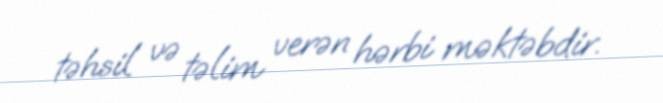
təhsil və təlim verən hərbi məktəbdir.